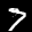
Label: 7